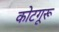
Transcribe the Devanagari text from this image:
कोटगूरू